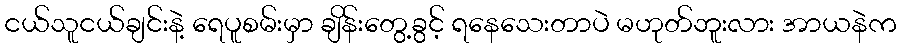
ငယ်သူငယ်ချင်းနဲ့ ရေပူစမ်းမှာ ချိန်းတွေ့ခွင့် ရနေသေးတာပဲ မဟုတ်ဘူးလား အာယနဲက